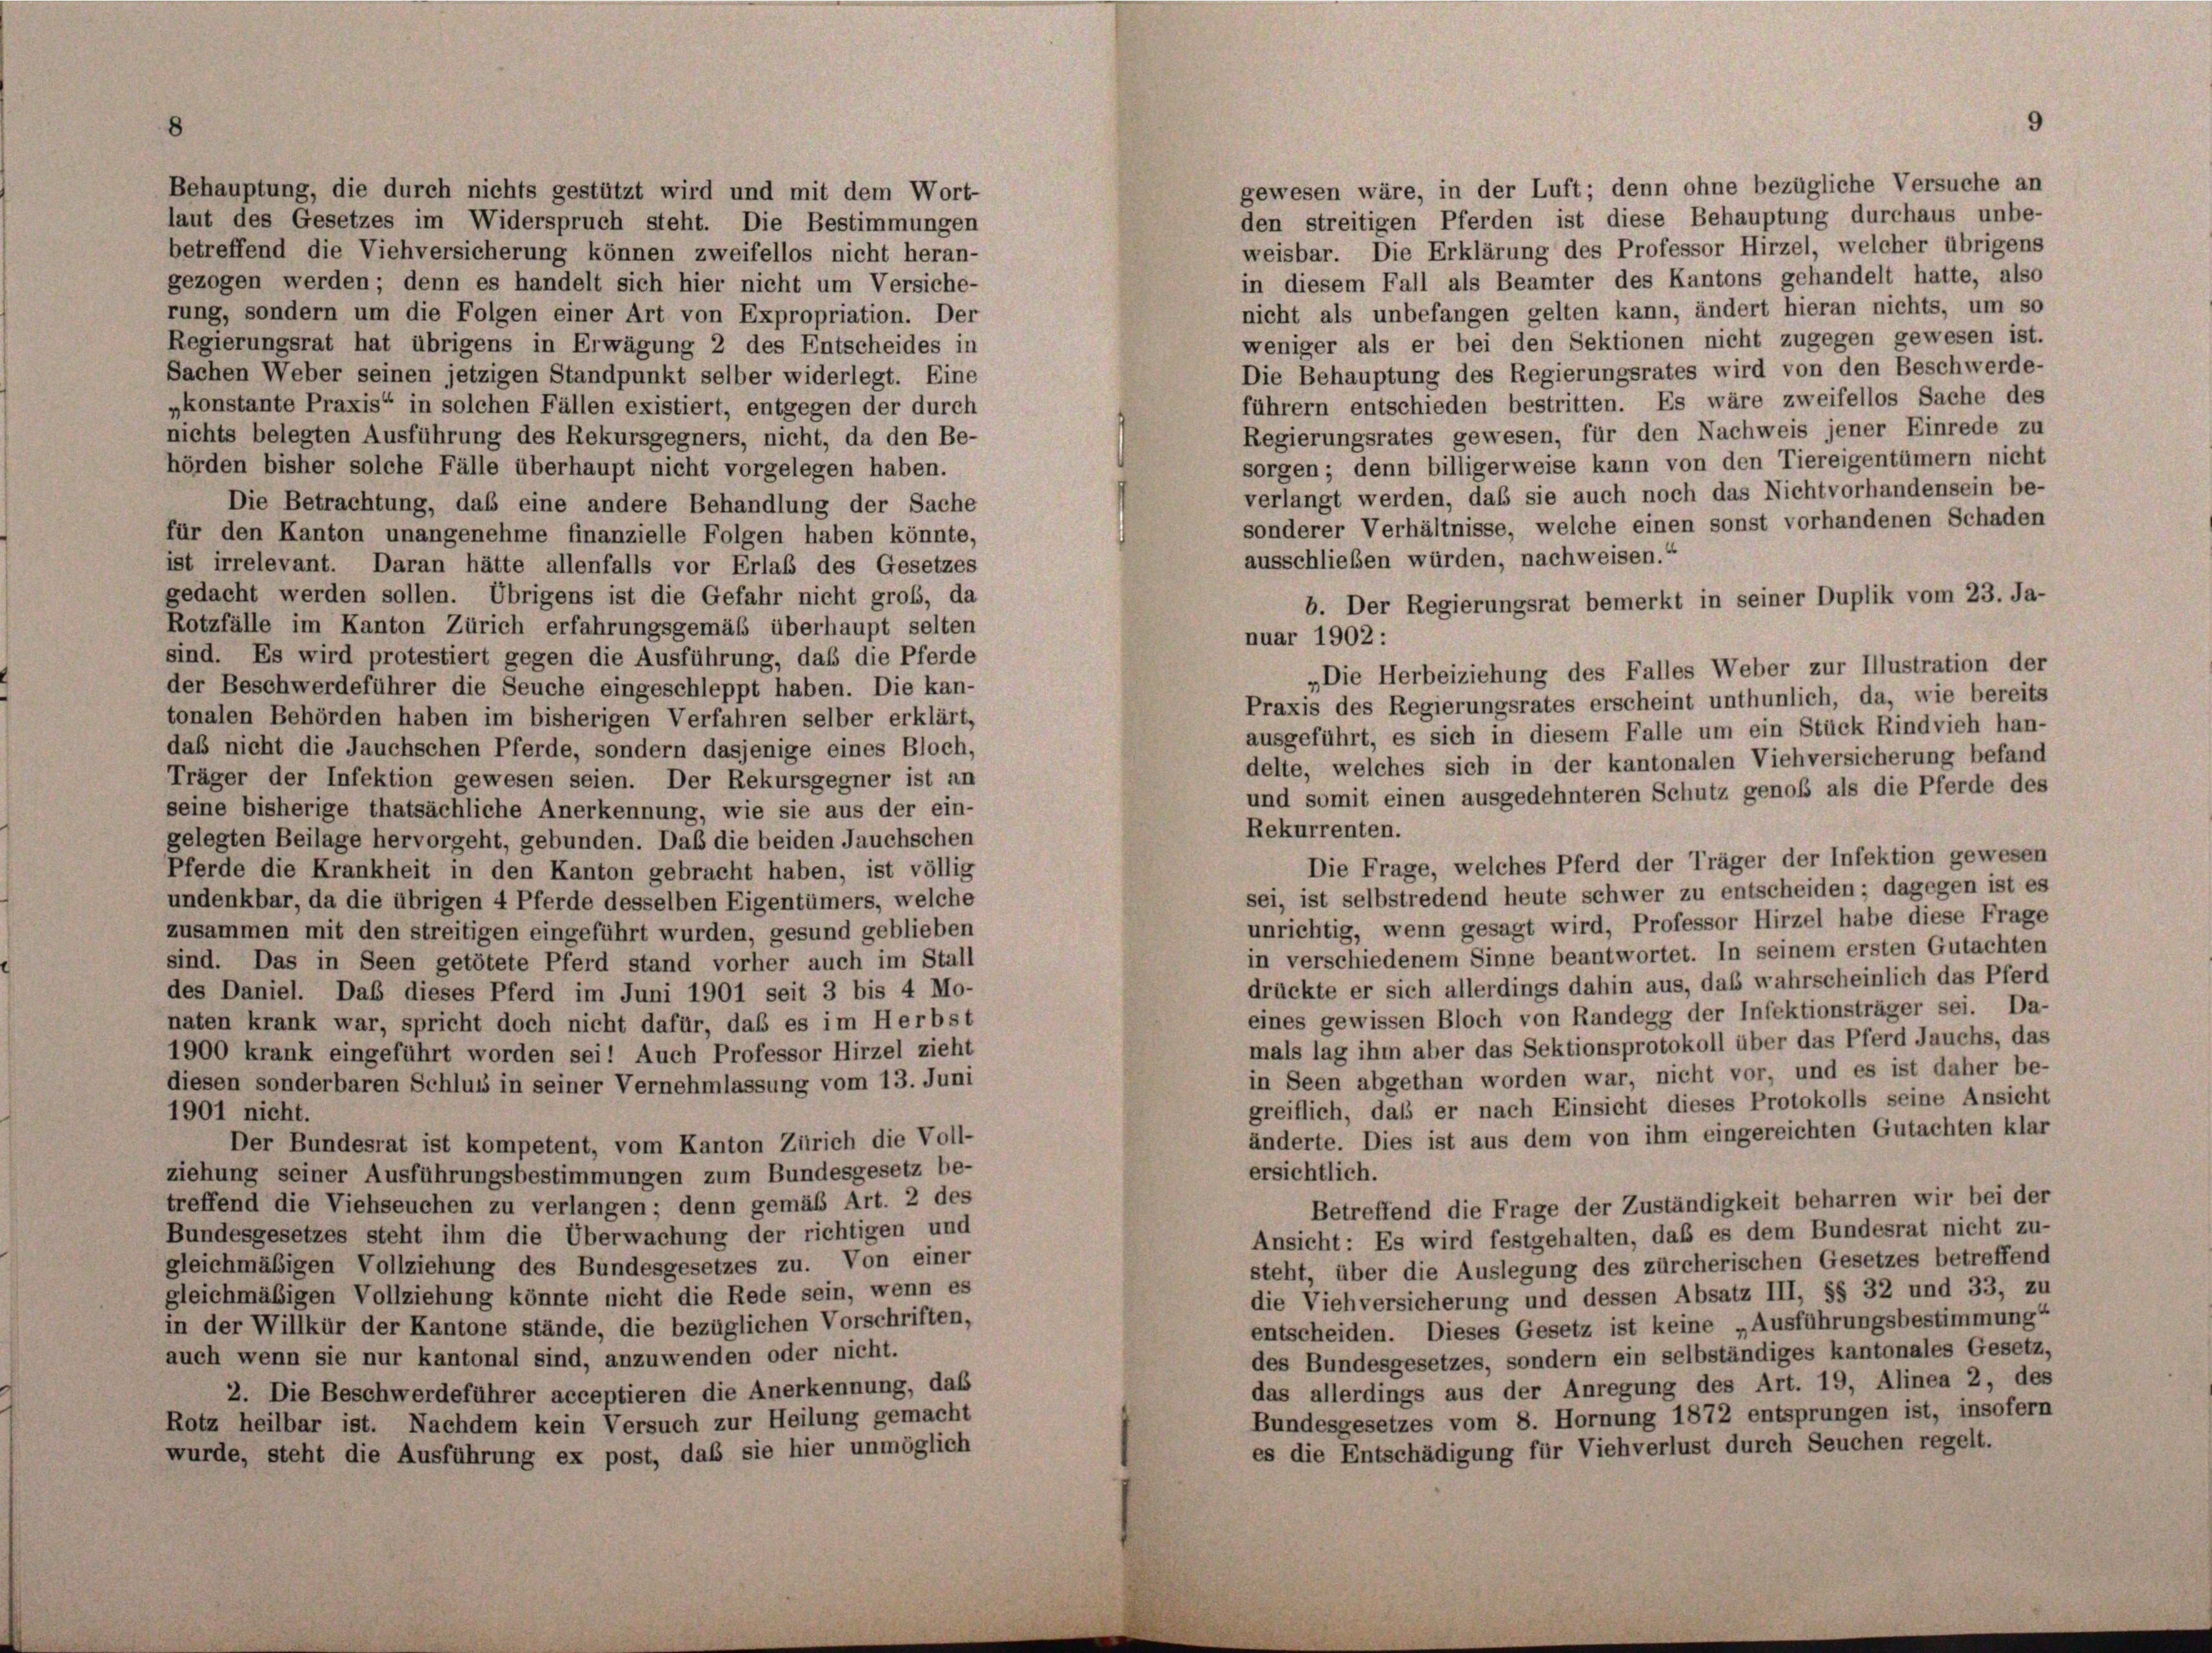
gewesen wäre, in der Luft; denn ohne bezügliche Versuche an
Behauptung, die durch nichts gestützt wird und mit dem Wort-
den streitigen Pferden ist diese Behauptung durchaus unbe-
laut des Gesetzes im Widerspruch steht. Die Bestimmungen
weisbar. Die Erklärung des Professor Hirzel, welcher übrigens
betreffend die Viehversicherung können zweifellos nicht heran-
in diesem Fall als Beamter des Kantons gehandelt hatte, also
gezogen werden; denn es handelt sich hier nicht um Versiche-
nicht als unbefangen gelten kann, ändert hieran nichts, um so
rung, sondern um die Folgen einer Art von Expropriation. Der
weniger als er bei den Sektionen nicht zugegen gewesen ist.
Regierungsrat hat übrigens in Erwägung 2 des Entscheides in
Die Behauptung des Regierungsrates wird von den Beschwerde-
Sachen Weber seinen jetzigen Standpunkt selber widerlegt. Eine
führern entschieden bestritten. Es wäre zweifellos Sache des
„konstante Praxis“ in solchen Fällen existiert, entgegen der durch
Regierungsrates gewesen, für den Nachweis jener Einrede zu
nichts belegten Ausführung des Rekursgegners, nicht, da den Be-
sorgen; denn billigerweise kann von den Tiereigentümern nicht
hörden bisher solche Fälle überhaupt nicht vorgelegen haben.
verlangt werden, daß sie auch noch das Nichtvorhandensein be-
Die Betrachtung, daß eine andere Behandlung der Sache
sonderer Verhältnisse, welche einen sonst vorhandenen Schaden
für den Kanton unangenehme finanzielle Folgen haben könnte,
ausschließen würden, nachweisen.“
ist irrelevant. Daran hätte allenfalls vor Erlaß des Gesetzes
gedacht werden sollen. Übrigens ist die Gefahr nicht groß, da
b. Der Regierungsrat bemerkt in seiner Duplik vom 23. Ja-
Rotzfälle im Kanton Zürich erfahrungsgemäß überhaupt selten
nuar 1902 :
sind. Es wird protestiert gegen die Ausführung, daß die Pferde
„Die Herbeiziehung des Falles Weber zur Illustration der
der Beschwerdeführer die Seuche eingeschleppt haben. Die kan-
Praxis des Regierungsrates erscheint unthunlich, da, wie bereits
tonalen Behörden haben im bisherigen Verfahren selber erklärt,
ausgeführt, es sich in diesem Falle um ein Stück Rindvieh han-
daß nicht die Jauchschen Pferde, sondern dasjenige eines Bloch,
delte, welches sich in der kantonalen Viehversicherung befand
Träger der Infektion gewesen seien. Der Rekursgegner ist an
und somit einen ausgedehnteren Schutz genoß als die Pferde des
seine bisherige thatsächliche Anerkennung, wie sie aus der ein-
Rekurrenten.
gelegten Beilage hervorgeht, gebunden. Daß die beiden Jauchschen
Die Frage, welches Pferd der Träger der Infektion gewesen
Pferde die Krankheit in den Kanton gebracht haben, ist völlig
sei, ist selbstredend heute schwer zu entscheiden; dagegen ist es
undenkbar, da die übrigen 4 Pferde desselben Eigentümers, welche
unrichtig, wenn gesagt wird, Professor Hirzel habe diese Frage
zusammen mit den streitigen eingeführt wurden, gesund geblieben
in verschiedenem Sinne beantwortet. In seinem ersten Gutachten
sind. Das in Seen getötete Pferd stand vorher auch im Stall
drückte er sich allerdings dahin aus, das wahrscheinlich das Pferd
des Daniel. Daß dieses Pferd im Juni 1901 seit 3 bis 4 Mo-
eines gewissen Bloch von Randegg der Infektionsträger sei. Da-
naten krank war, spricht doch nicht dafür, daß es im Herbst
mals lag ihm aber das Sektionsprotokoll über das Pferd Jauchs, das
1900 krank eingeführt worden sei! Auch Professor Hirzel zieht
in Seen abgethan worden war, nicht vor, und es ist daher be-
diesen sonderbaren Schluss in seiner Vernehmlassung vom 13. Juni
greiflich, daß er nach Einsicht dieses Protokolls seine Ansicht
1901 nicht.
änderte. Dies ist aus dem von ihm eingereichten Gutachten klar
Der Bundesrat ist kompetent, vom Kanton Zürich die Voll-
ersichtlich.
ziehung seiner Ausführungsbestimmungen zum Bundesgesetz be-
treffend die Viehseuchen zu verlangen; denn gemäß Art. 2 des
Betreffend die Frage der Zuständigkeit beharren wir bei der
Bundesgesetzes steht ihm die Überwachung der richtigen und
Ansicht: Es wird festgehalten, daß es dem Bundesrat nicht zu-
gleichmäßigen Vollziehung des Bundesgesetzes zu. Von einer
steht, über die Auslegung des zürcherischen Gesetzes betreffend
gleichmäßigen Vollziehung könnte nicht die Rede sein, wenn es
die Viehversicherung und dessen Absatz III, §§ 32 und 33, zu
in der Willkür der Kantone stände, die bezüglichen Vorschriften,
entscheiden. Dieses Gesetz ist keine „Ausführungsbestimmung“
des Bundesgesetzes, sondern ein selbständiges kantonales Gesetz,
auch wenn sie nur kantonal sind, anzuwenden oder nicht.
das allerdings aus der Anregung des Art. 19, Alinea 2, des
2. Die Beschwerdeführer acceptieren die Anerkennung, das
Bundesgesetzes vom 8. Hornung 1872 entsprungen ist, insofern
Rotz heilbar ist. Nachdem kein Versuch zur Heilung gemacht
es die Entschädigung für Viehverlust durch Seuchen regelt.
wurde, steht die Ausführung ex post, daß sie hier unmöglich